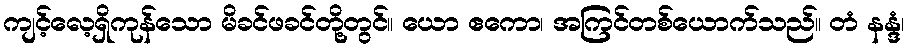
ကျင့်လေ့ရှိကုန်သော မိခင်ဖခင်တို့တွင်။ ယော ဧကော၊ အကြင်တစ်ယောက်သည်။ တံ နန္ဒံ၊